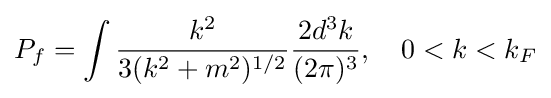
P_{f}=\int {\frac {k^{2}}{3(k^{2}+m^{2})^{1/2}}}{\frac {2d^{3}k}{(2\pi )^{3}}},\quad 0<k<k_{F}